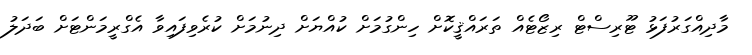
މާދިއްގަރުފަޅު ޓޫރިސްޓް ރިޒޯޓެއް ތަރައްޤީކޮށް ހިންގުމަށް ކުއްޔަށް ދިނުމަށް ކުރެވިފައިވާ އެގްރީމަންޓަށް ބަދަލު